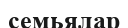
семьялар